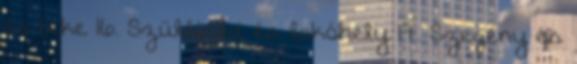
és béke 16. Szülőföld és lakóhely 17. Szegény és